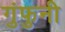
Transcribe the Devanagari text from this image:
गुंफुनी